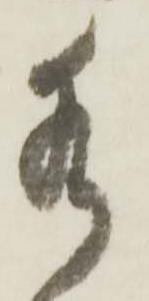
水